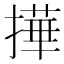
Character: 撶